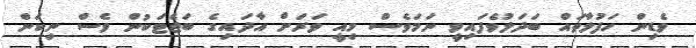
ވެޑިން ހަފުލާތައް ބަދަލުވެފައިވީ ނަމަވެސް މިއީ ވަރަށް އާދައިގެ ބަޖެޓަކުން ވެސް ނިކަން